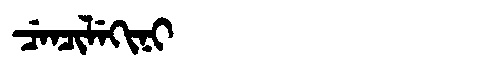
Manchu: ᠴᡝᠨᠴᡳᠯᡝᡴᡳᠨᡳ
Romanization: CENCILEKINI